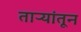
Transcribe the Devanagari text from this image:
ताऱ्यांतून